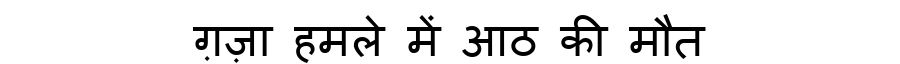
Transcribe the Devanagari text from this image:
ग़ज़ा हमले में आठ की मौत